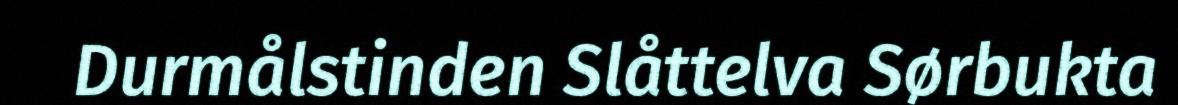
Durmålstinden Slåttelva Sørbukta